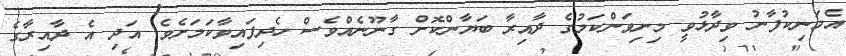
އެމަނިކުފާނު ވިދާޅުވީ މިނިވަންކަމުގެ ދާއިރާ ބަޔާންކޮށް ގާނޫނެއްވެސް ހެދިފައިވާކަމަށެވެ. އަދި އެ ދާއިރާގެ